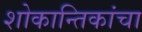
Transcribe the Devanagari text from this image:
शोकान्तिकांचा